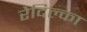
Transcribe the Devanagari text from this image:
रेदिल्का